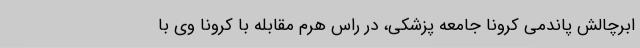
ابرچالش پاندمی کرونا جامعه پزشکی، در راس هرم مقابله با کرونا وی با